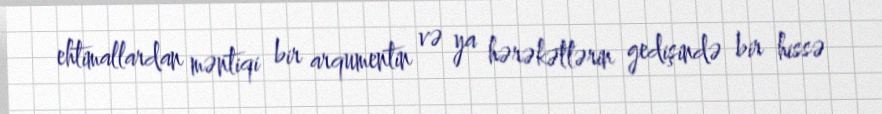
ehtimallardan məntiqi bir arqumentin və ya hərəkətlərin gedişində bir hissə